Scottish Leaving Certificate Examination, 1957
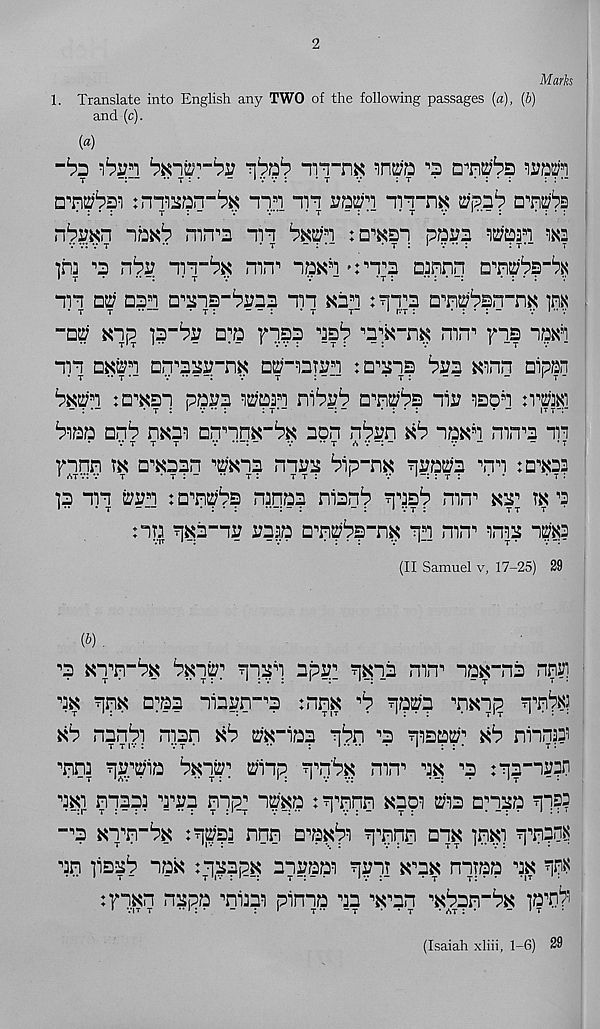
2
Marks
1. Translate into English any TWO of the following passages (a), (b)
and (c).
(a)
“rn-na
^
warn
t
— •• r : *
“ 1 v v :
* t
v
: t *
* : • :
: : —
rnnBprr^ Tin nn i?P^n iT"n^ uipii a-rpn?
mn^a nn bum : n^sn pbra
m
•jh] n
nn~^ mn^ "ibHn'tnn Qnnrj
nn a^ aan a^ns-baaa nn Kin : tit’s an^bsn-nK m
-a^ Kn;? la-^a a?b ^n?? as 1 ? n^-nK mn*' fns np^i
nn BKt?n ann^-nK acrnarsn : a^ans bra Knn aipfsn
bm'i : a^sn pp^s waan
an^Pp nil? ison :vm)
Pipp anP nKai annnK _ pK aon nPan kP npKn mn n a nn
V T T T
V •—: -
V
T «S V -
V -
- • T
^nnn tk a^aan ^Kna nnaa Pip-nK nrpt!7a nn :aao3
•ja nn aan : anaPs nanpa nianP nnsP mn’ kt tk a
nn Tj^a-na aa?p anaps-nK pn nn 1 nia n^s
(II Samuel v, 17-25) 29
(&).
n ktttPk
pn ;^n; apai pKls mn- 1 npK"na nnr]
PK ppK ana niaan-n nnK s P ppap nanp pnpx?
kP nanPi nnn kP a'K“ipa pPn n piapa^ kP ninn??
nn: p^aip P^nai ainp p^Pk mn^ pk n :pa-nj??n
pKi npap: pnp npp; na'Kp : p^pn Kapi an anpp pp?3
■n Knn-pK :pap: nnn anKpi pnnn apK inKi pnpn^
pn psaP npK tpappK anappi pail ^'sk nntpp pk p^
:^p.Kn napp nPpi pinna pa nnn "Kpan-pK ]nTp
(Isaiah xliii, 1-6) 29